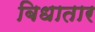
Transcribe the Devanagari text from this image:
बिधातार